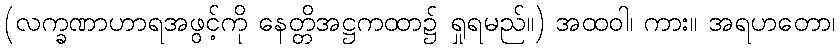
(လက္ခဏာဟာရအဖွင့်ကို နေတ္တိအဋ္ဌကထာ၌ ရှုရမည်။) အထဝါ၊ ကား။ အရဟတော၊